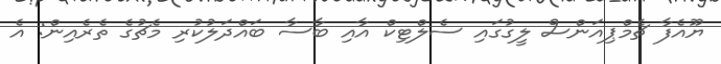
ޔޫއެފާ ޗެމްޕިއަންސް ލީގުގައި ސެލްޓިކް އާއި ބާސާ ބައްދަލުކުރި މެޗުގެ ތެރެއިން: އެ